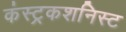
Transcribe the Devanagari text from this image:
कंस्ट्रकशनिस्ट